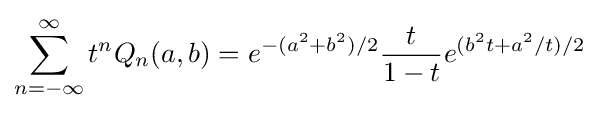
\sum _{n=-\infty }^{\infty }t^{n}Q_{n}(a,b)=e^{-(a^{2}+b^{2})/2}{\frac {t}{1-t}}e^{(b^{2}t+a^{2}/t)/2}